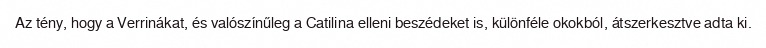
Az tény, hogy a Verrinákat, és valószínűleg a Catilina elleni beszédeket is, különféle okokból, átszerkesztve adta ki.